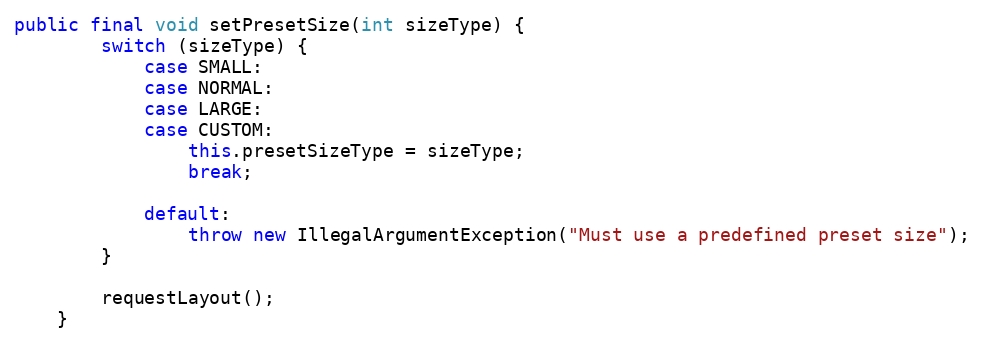
Language: Java
public final void setPresetSize(int sizeType) {
        switch (sizeType) {
            case SMALL:
            case NORMAL:
            case LARGE:
            case CUSTOM:
                this.presetSizeType = sizeType;
                break;

            default:
                throw new IllegalArgumentException("Must use a predefined preset size");
        }

        requestLayout();
    }